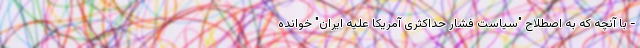
- با آنچه که به اصطلاح "سیاست فشار حداکثری آمریکا علیه ایران" خوانده